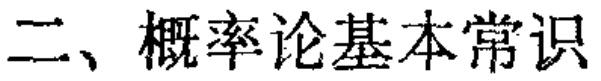
二、概率论基本常识